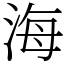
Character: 海